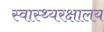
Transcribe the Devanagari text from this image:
स्वास्थ्यरक्षालय